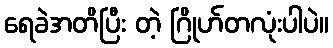
ရေခဲအတိပြီး တဲ့ ဂြိုဟ်တလုံးပါပဲ။